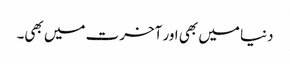
دنیا میں بھی اور آخرت میں بھی۔